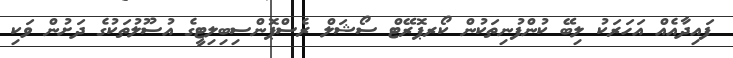
ފައިދާއެއް އަހަރަކު ލިބޭ ކުންފުނިތަކުން ކޯރޕޮރޭޓް ސޯޝަލް ރެސްޕޮންސިބިލިޓީގެ އުސޫލުތަކުގެ ދަށުން ވަކި